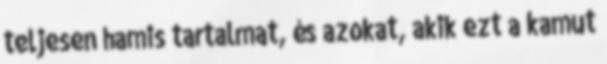
teljesen hamis tartalmat, és azokat, akik ezt a kamut